Calcutta medical institutions reports 1892-1900
Year: 1892
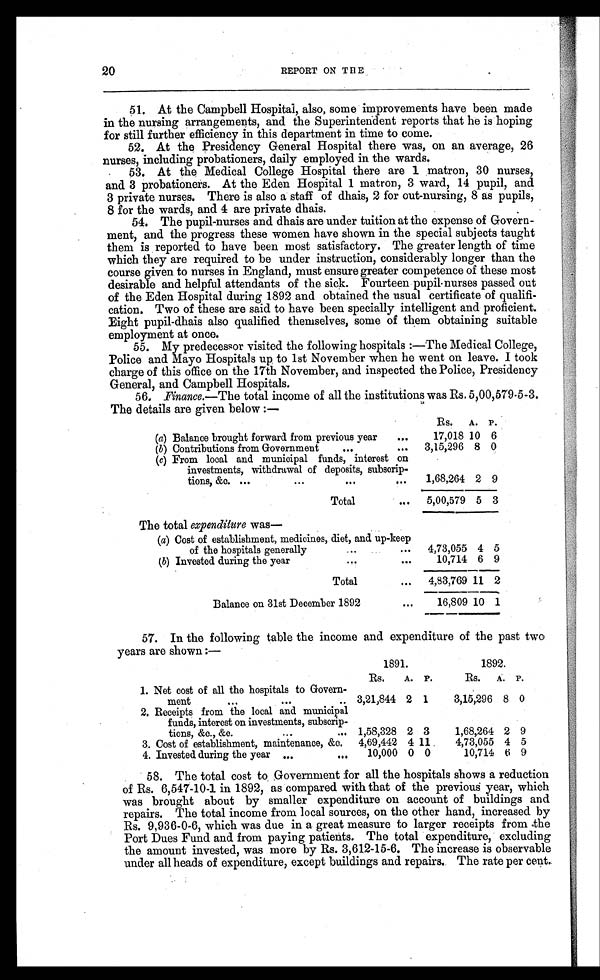
20
REPORT ON THE
51. At the Campbell Hospital, also, some improvements have been made
in the nursing arrangements, and the Superintendent reports that he is hoping
for still further efficiency in this department in time to come.
52. At the Presidency General Hospital there was, on an average, 26
nurses, including probationers, daily employed in the wards.
53. At the Medical College Hospital there are 1 matron, 30 nurses,
and 3 probationers. At the Eden Hospital 1 matron, 3 ward, 14 pupil, and
3 private nurses. There is also a staff of dhais, 2 for out-nursing, 8 as pupils,
8 for the wards, and 4 are private dhais.
54. The pupil-nurses and dhais are under tuition at the expense of Govern-
ment, and the progress these women have shown in the special subjects taught
them is reported to have been most satisfactory. The greater length of time
which they are required to be under instruction, considerably longer than the
course given to nurses in England, must ensure greater competence of these most
desirable and helpful attendants of the sick. Fourteen pupil nurses passed out
of the Eden Hospital during 1892 and obtained the usual certificate of qualifi-
cation. Two of these are said to have been specially intelligent and proficient.
Eight pupil-dhais also qualified themselves, some of them obtaining suitable
employment at once.
55. My predecessor visited the following hospitals :—The Medical College,
Police and Mayo Hospitals up to 1st November when he went on leave. I took
charge of this office on the 17th November, and inspected the Police, Presidency
General, and Campbell Hospitals.
56. Finance.—The total income of all the institutions was Rs. 5,00,579-5-3.
The details are given below:—
Rs.
A. P.
(a) Balance brought forward from previous year
...
17,018 10 6
( b) Contributions from Government
. . .
...
3,15,296 8 0
(c) From local and municipal funds, interest on
investments, withdrawal of deposits, subscrip-
tions &c. ...
. . .
...
...
1,68,264 2 9
Total
...
5,00,579 5 3
The total expenditure was
—
(a) Cost of establishment, medicines, diet, and up-keep
of the hospitals generally
...
...
4,73,055 4 5
(b) Invested during the year
. . .
...
10,714 6 9
Total
...
4,83,769 11 2
Balance on 31st December 1892
...
16,809 10 1
57. In the following table the income and expenditure of the past two
years are shown:—
1891.
1891.
1892.
Rs.
A. P.
Rs.
A. P.
1. Net cost of all the hospitals to Govern-
ment
. . .
. . .
.. 3,21,844 2 1
3,15,296 8 0
2. Receipts from the local and municipal
funds, interest on investments, subscrip-
tions, &c., &c.
. . .
... 1,58,328 2 3
1,68,264 2 9
3. Cost of establishment, maintenance, &c.
4,69,442 4 11
4,73,055 4 5
4. Invested during the year . . .
...
10,000 0 0
10,714 6 9
58. The total cost to Government for all the hospitals shows a reduction
of Rs. 6,547-10-1 in 1892, as compared with that of the previous year, which
was brought about by smaller expenditure on account of buildings and
repairs. The total income from local sources, on the other hand, increased by
Rs. 9,936-0-6, which was due in a great measure to larger receipts from the
Port Dues Fund and from paying patients. The total expenditure, excluding
the amount invested, was more by Rs. 3,612-15-6. The increase is observable
under all heads of expenditure, except buildings and repairs. The rate per cent.